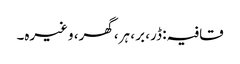
قافیہ: ڈر، بر ، ہر، گھر، وغیرہ۔